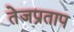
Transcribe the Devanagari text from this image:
तेजप्रताप